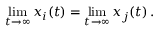
\operatorname* { l i m } _ { t \to \infty } x _ { i } ( t ) = \operatorname* { l i m } _ { t \to \infty } x _ { j } ( t ) \, .